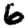
Digit: 6